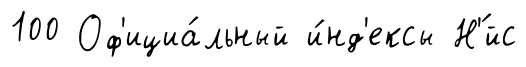
100 Оф'ициа́льный и́нд'ексы Н'́йс